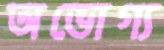
অভোগ্য